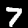
Label: 7